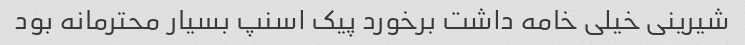
شیرینی خیلی خامه داشت برخورد پیک اسنپ بسیار محترمانه بود